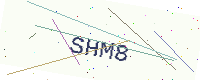
Text: SHM8